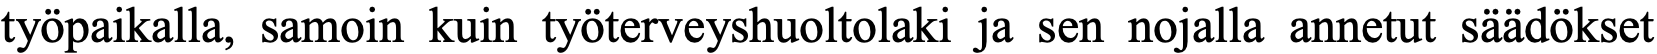
työpaikalla, samoin kuin työterveyshuoltolaki ja sen nojalla annetut säädökset